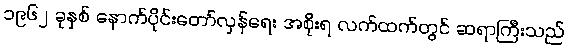
၁၉၆၂ ခုနှစ် နောက်ပိုင်းတော်လှန်ရေး အစိုးရ လက်ထက်တွင် ဆရာကြီးသည်